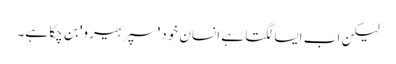
لیکن اب ایسا لگتا ہے انسان خود 'سپر ہیرو' بن چکا ہے۔